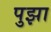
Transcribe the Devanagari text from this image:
पुझा